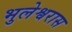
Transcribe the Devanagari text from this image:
भुलेश्वरास